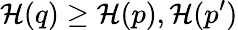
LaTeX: {\mathcal{H}}(q)\geq{\mathcal{H}}(p),{\mathcal{H}}(p^{\prime})